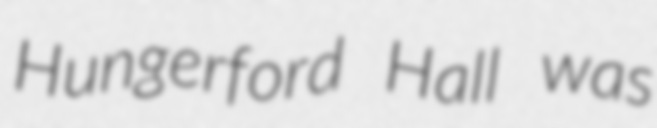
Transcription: Hungerford Hall was